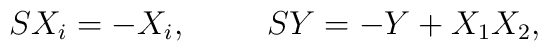
S X_i = - X_i, \rule{1cm}{0cm} S Y = - Y  + X_1 X_2,